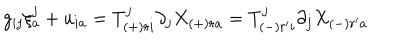
g _ { i j } \xi _ { a } ^ { j } + u _ { i a } = T _ { ( + ) r i } ^ { j } \partial _ { j } X _ { ( + ) r a } = T _ { ( - ) r ^ { \prime } i } ^ { j } \partial _ { j } X _ { ( - ) r ^ { \prime } a }